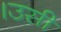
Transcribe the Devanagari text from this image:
।उसी